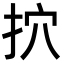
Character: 㧒